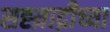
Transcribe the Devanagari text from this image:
सह्य़ाद्रीच्या